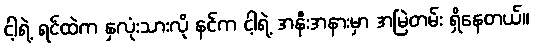
ငါ့ရဲ့ ရင်ထဲက နှလုံးသားလို နင်က ငါ့ရဲ့ အနီးအနားမှာ အမြဲတမ်း ရှိနေတယ်။